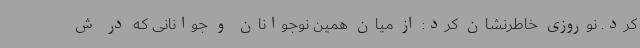
کرد. نوروزی خاطرنشان کرد: از میان همین نوجوانان و جوانانی که در ش